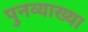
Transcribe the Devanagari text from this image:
पुनव्याख्या